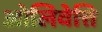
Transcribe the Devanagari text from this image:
ओलिवेत्ति